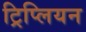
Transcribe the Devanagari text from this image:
ट्रिप्लियन